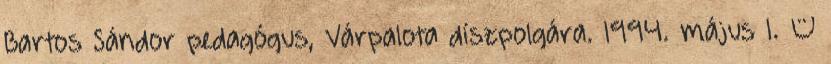
Bartos Sándor pedagógus, Várpalota díszpolgára. 1994. május 1. –